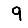
Digit: 9